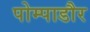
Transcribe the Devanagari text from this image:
पोम्पाडौर